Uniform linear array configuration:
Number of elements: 4
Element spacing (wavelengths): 0.5
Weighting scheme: blackman
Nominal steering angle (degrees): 0
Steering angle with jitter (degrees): -1.723
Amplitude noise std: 0.05
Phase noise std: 0.05

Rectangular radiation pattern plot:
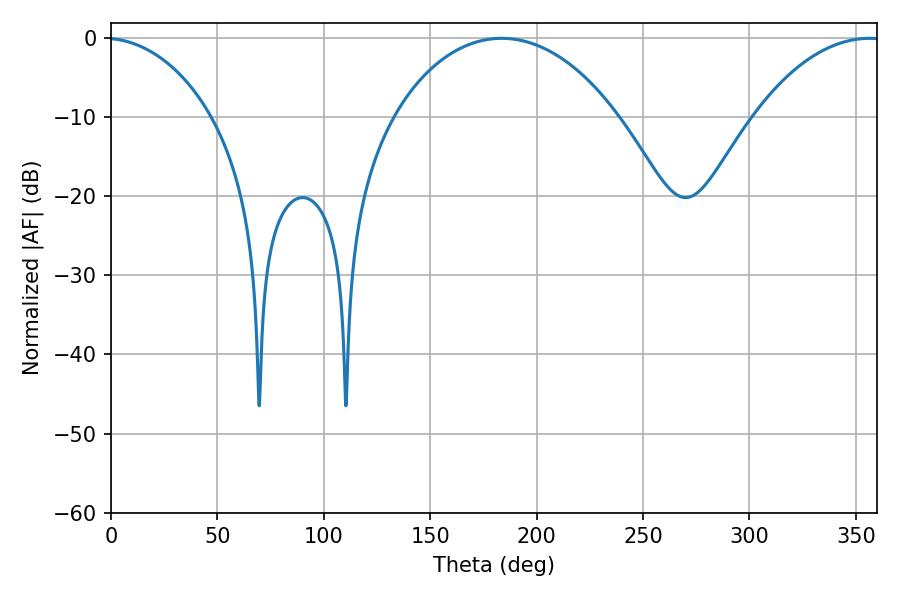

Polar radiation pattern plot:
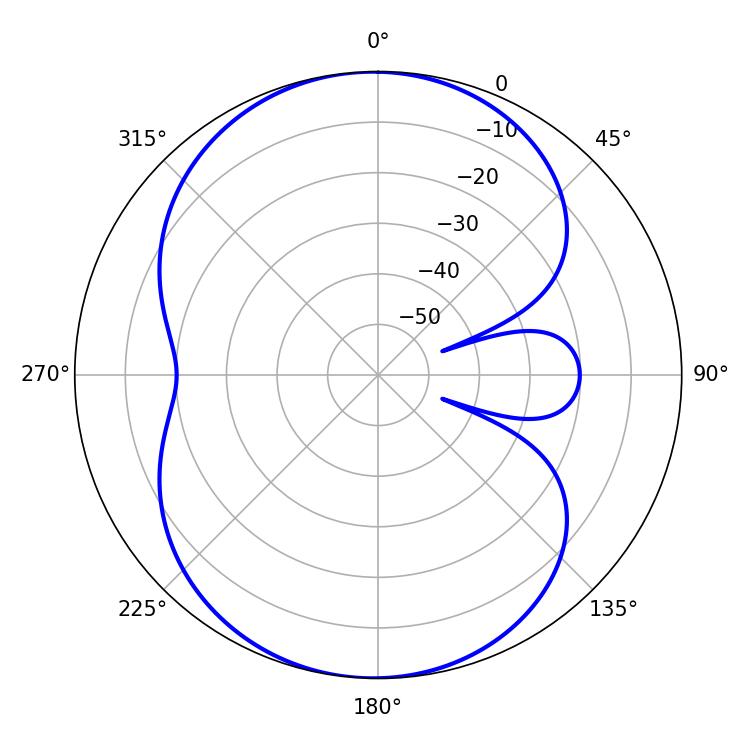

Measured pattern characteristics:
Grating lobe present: FALSE
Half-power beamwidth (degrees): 60.12
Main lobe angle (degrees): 183.6